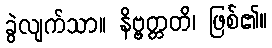
ခွဲလျက်သာ။ နိဗ္ဗတ္တတိ၊ ဖြစ်၏။